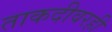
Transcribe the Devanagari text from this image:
ताकदीवरही